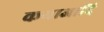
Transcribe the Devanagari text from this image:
कथाआदि